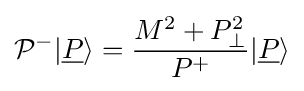
{\mathcal {P}}^{-}|{\underline {P}}\rangle ={\frac {M^{2}+P_{\perp }^{2}}{P^{+}}}|{\underline {P}}\rangle